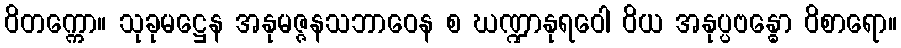
ဝိတက္ကော။ သုခုမဋ္ဌေန အနုမဇ္ဇနသဘာဝေန စ ဃဏ္ဍာနုရဝေါ ဝိယ အနုပ္ပဗန္ဓော ဝိစာရော။